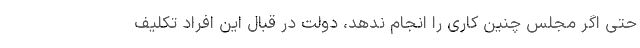
حتی اگر مجلس چنین کاری را انجام ندهد، دولت در قبال این افراد تکلیف